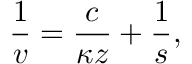
\frac { 1 } { v } = \frac { c } { \kappa z } + \frac { 1 } { s } ,